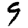
Digit: 9